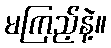
မကြည့်နဲ့။